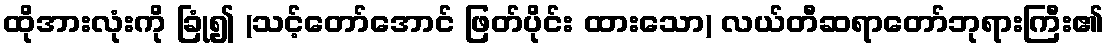
ထိုအားလုံးကို ခြုံ၍ (သင့်တော်အောင် ဖြတ်ပိုင်း ထားသော) လယ်တီဆရာတော်ဘုရားကြီး၏